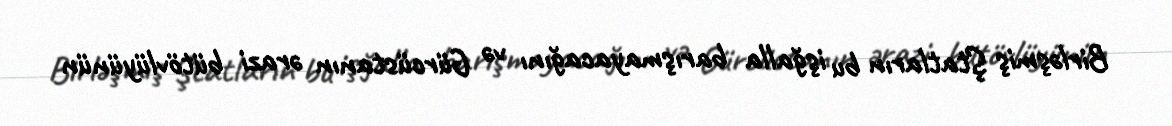
Birləşmiş Ştatların bu işğalla barışmayacağını və Gürcüstanın ərazi bütövlüyünün